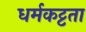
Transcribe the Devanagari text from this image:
धर्मकट्टता